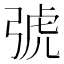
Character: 𢏯